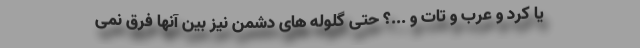
یا کرد و عرب و تات و ...؟ حتی گلوله های دشمن نیز بین آنها فرق نمی